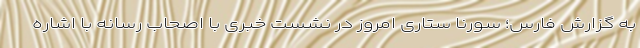
به گزارش فارس؛ سورنا ستاری امروز در نشست خبری با اصحاب رسانه با اشاره